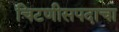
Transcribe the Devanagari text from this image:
चिटणीसपदाचा